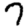
Digit: 7